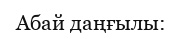
Абай даңғылы: